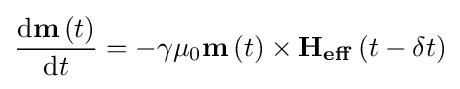
{\frac {\mathrm {d} \mathbf {m} \left(t\right)}{\mathrm {d} t}}=-\gamma \mu _{0}\mathbf {m} \left(t\right)\times \mathbf {H_{eff}} \left(t-\delta t\right)